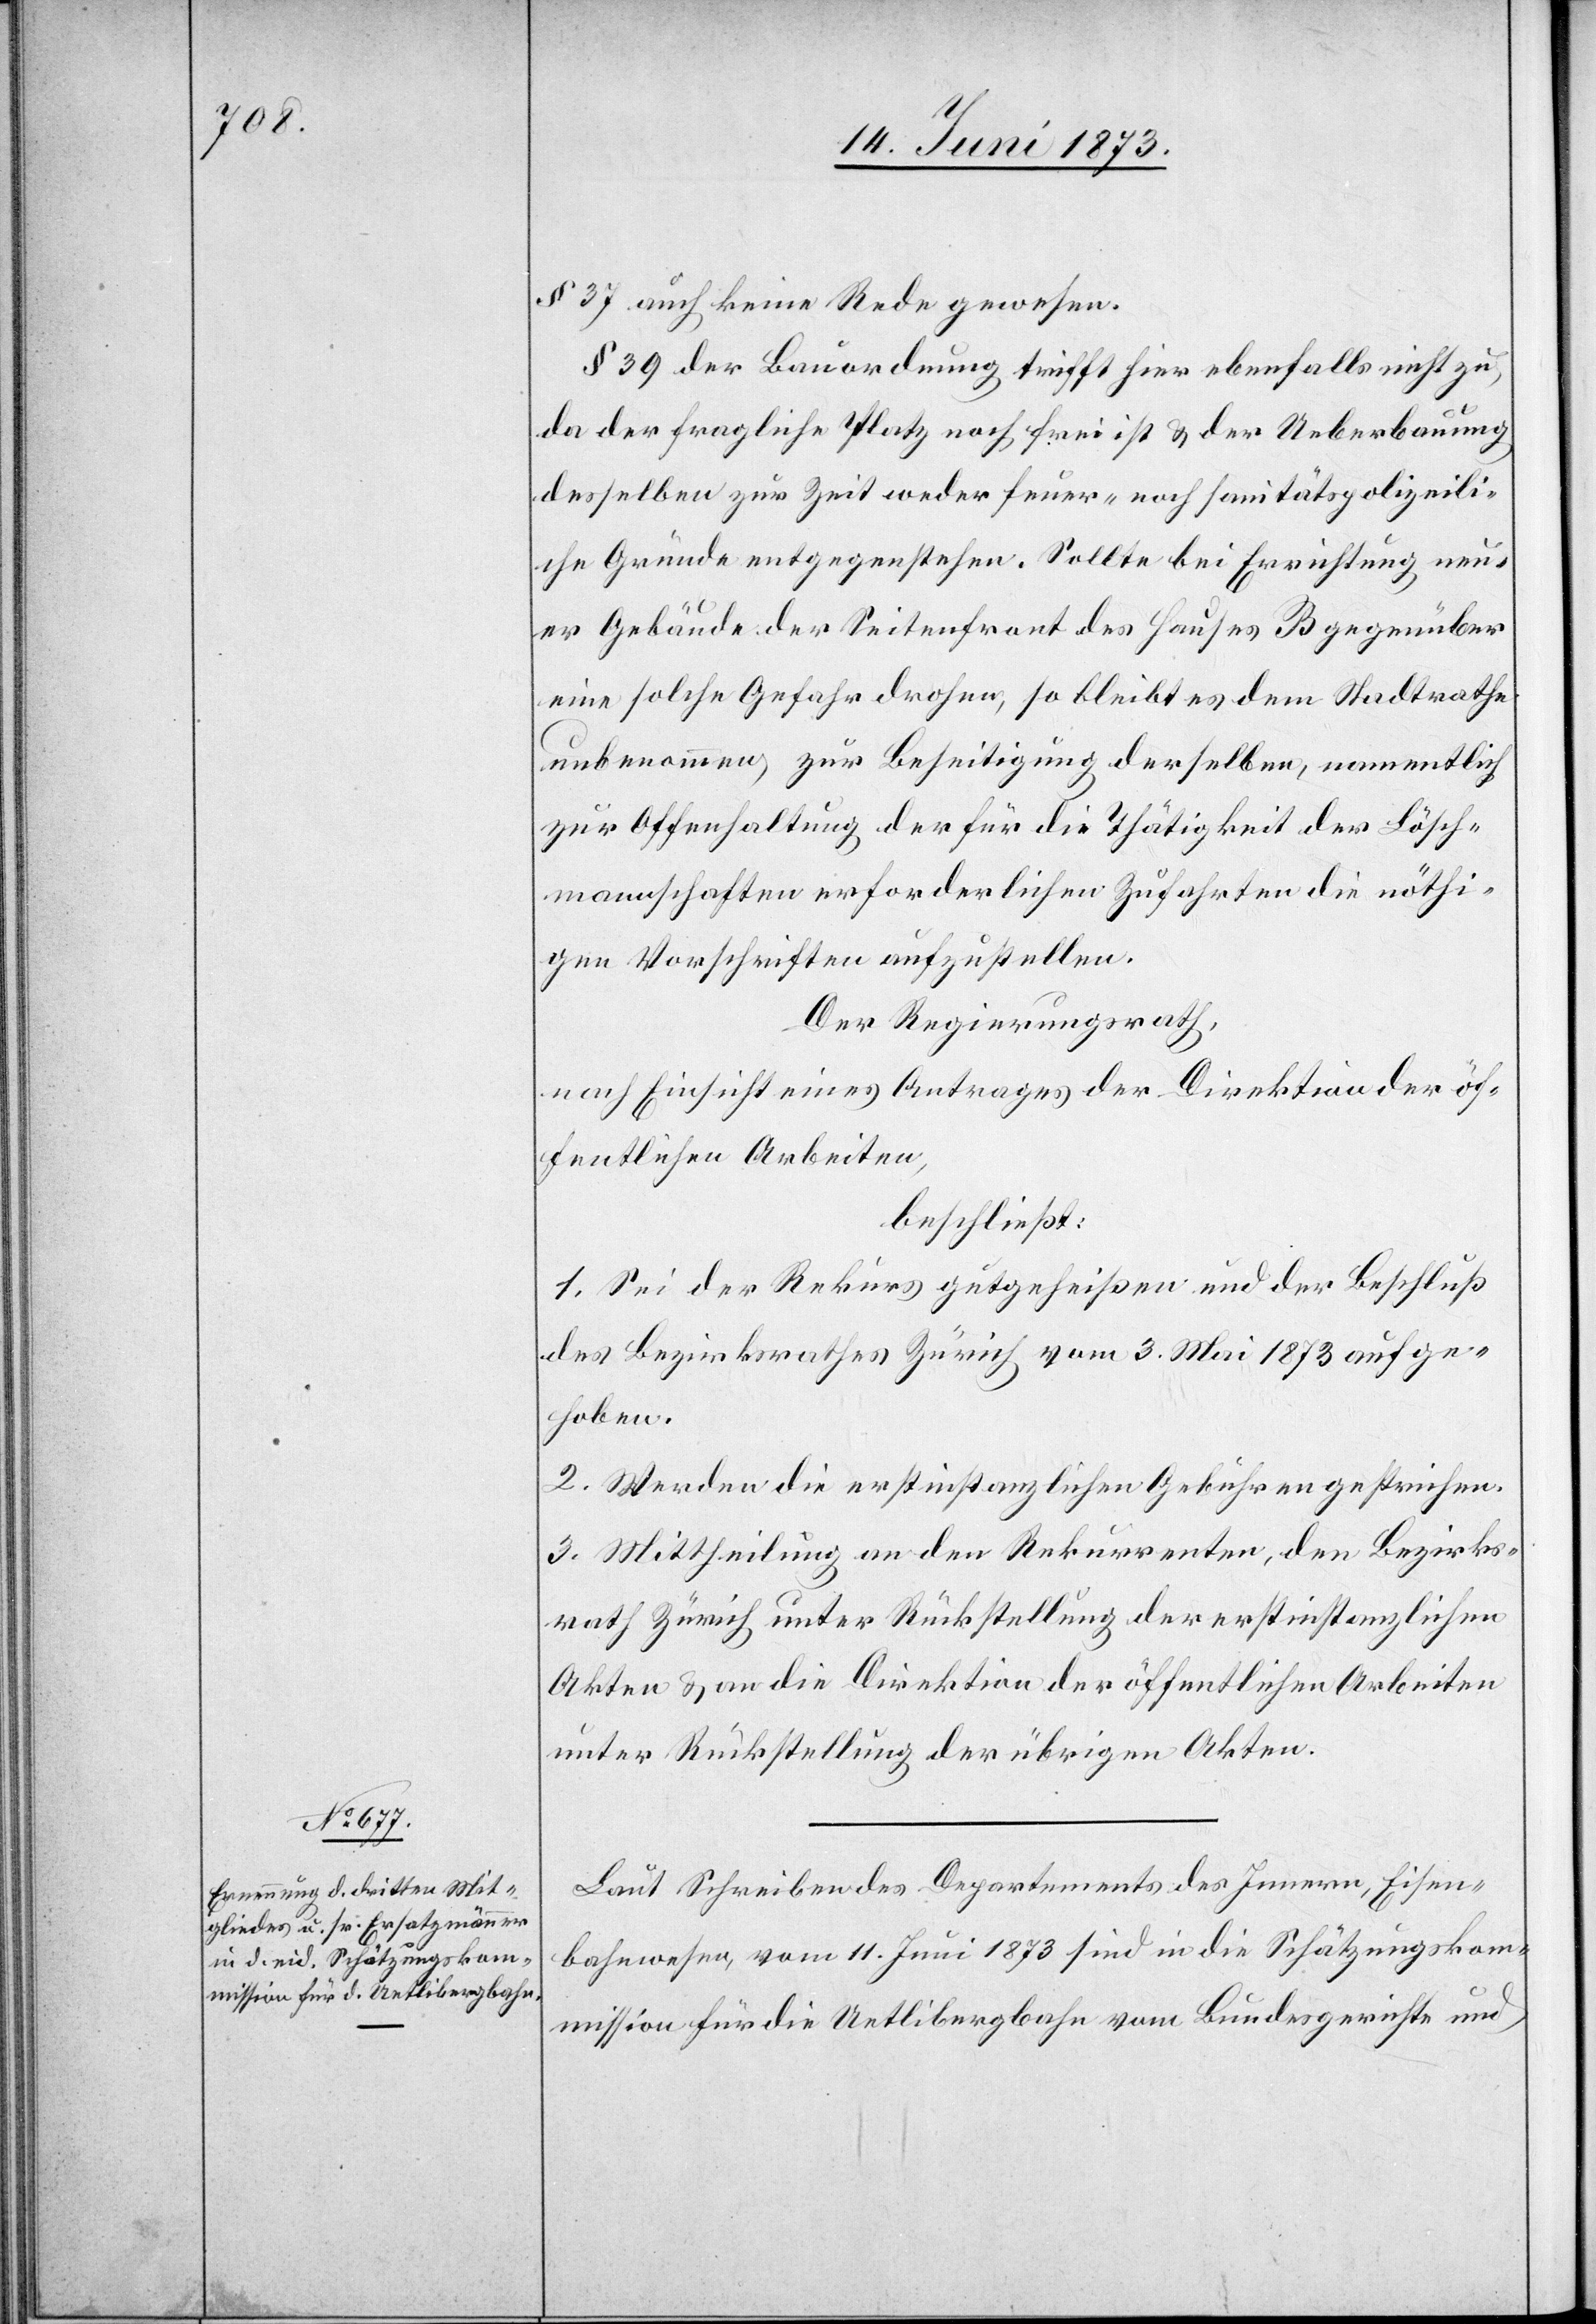
§ 37 auch keine Rede gewesen.
§ 39 der Bauordnung trifft hier ebenfalls nicht zu,
da der fragliche Platz noch frei ist & der Ueberbauung
desselben zur Zeit weder feuer- noch sanitätspolizeili¬
che Gründe entgegenstehen. Sollte bei Errichtung neu¬
er Gebäude der Seitenfront des Hauses B gegenüber
eine solche Gefahr drohen, so bleibt es dem Stadtrathe
unbenommen, zur Beseitigung derselben, namentlich
zur Offenhaltung der für die Thätigkeit der Lösch¬
mannschaften erforderlichen Zufahrten die nöthi¬
gen Vorschriften aufzustellen.
Der Regierungsrath,
nach Einsicht eines Antrages der Direktion der öf¬
fentlichen Arbeiten,
beschließt:
1. Sei der Rekurs gutgeheißen und der Beschluß
des Bezirksrathes Zürich vom 3. Mai 1873 aufge¬
hoben.
2. Werden die erstinstanzlichen Gebühren gestrichen.
3. Mittheilung an den Rekurrenten, den Bezirks¬
rath Zürich unter Rückstellung der erstinstanzlichen
Akten & an die Direktion der öffentlichen Arbeiten
unter Rückstellung der übrigen Akten.
Laut Schreiben des Departements des Innern, Eisen¬
bahnwesen, vom 11. Juni 1873 sind in die Schätzungskom¬
mission für die Uetlibergbahn vom Bundesgerichte und